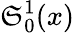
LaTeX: \mathfrak{S}_{0}^{1}(x)